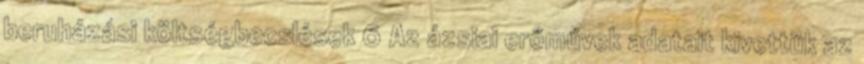
beruházási költségbecslések 6 Az ázsiai erőművek adatait kivettük az